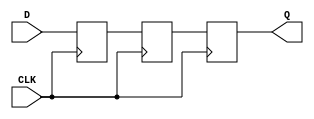
module two_ff_metastability_detector (
    input wire D,       // Asynchronous input signal
    input wire CLK,     // Local clock signal
    output reg Q        // Stable output signal
);

    // Internal signals for the flip-flops
    reg FF1;
    reg FF2;

    // First flip-flop (FF1) samples the asynchronous input signal (D)
    always @(posedge CLK) begin
        FF1 <= D; // Non-blocking assignment for FF1
    end

    // Second flip-flop (FF2) samples the output of FF1
    always @(posedge CLK) begin
        FF2 <= FF1; // Non-blocking assignment for FF2
    end

    // Assign the output Q to the output of the second flip-flop
    always @(posedge CLK) begin
        Q <= FF2; // Output is the stable value from FF2
    end

endmodule